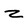
Character: z